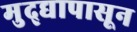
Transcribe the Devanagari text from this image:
मुद्द्यापासून